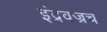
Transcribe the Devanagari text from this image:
इंद्रवज्रच